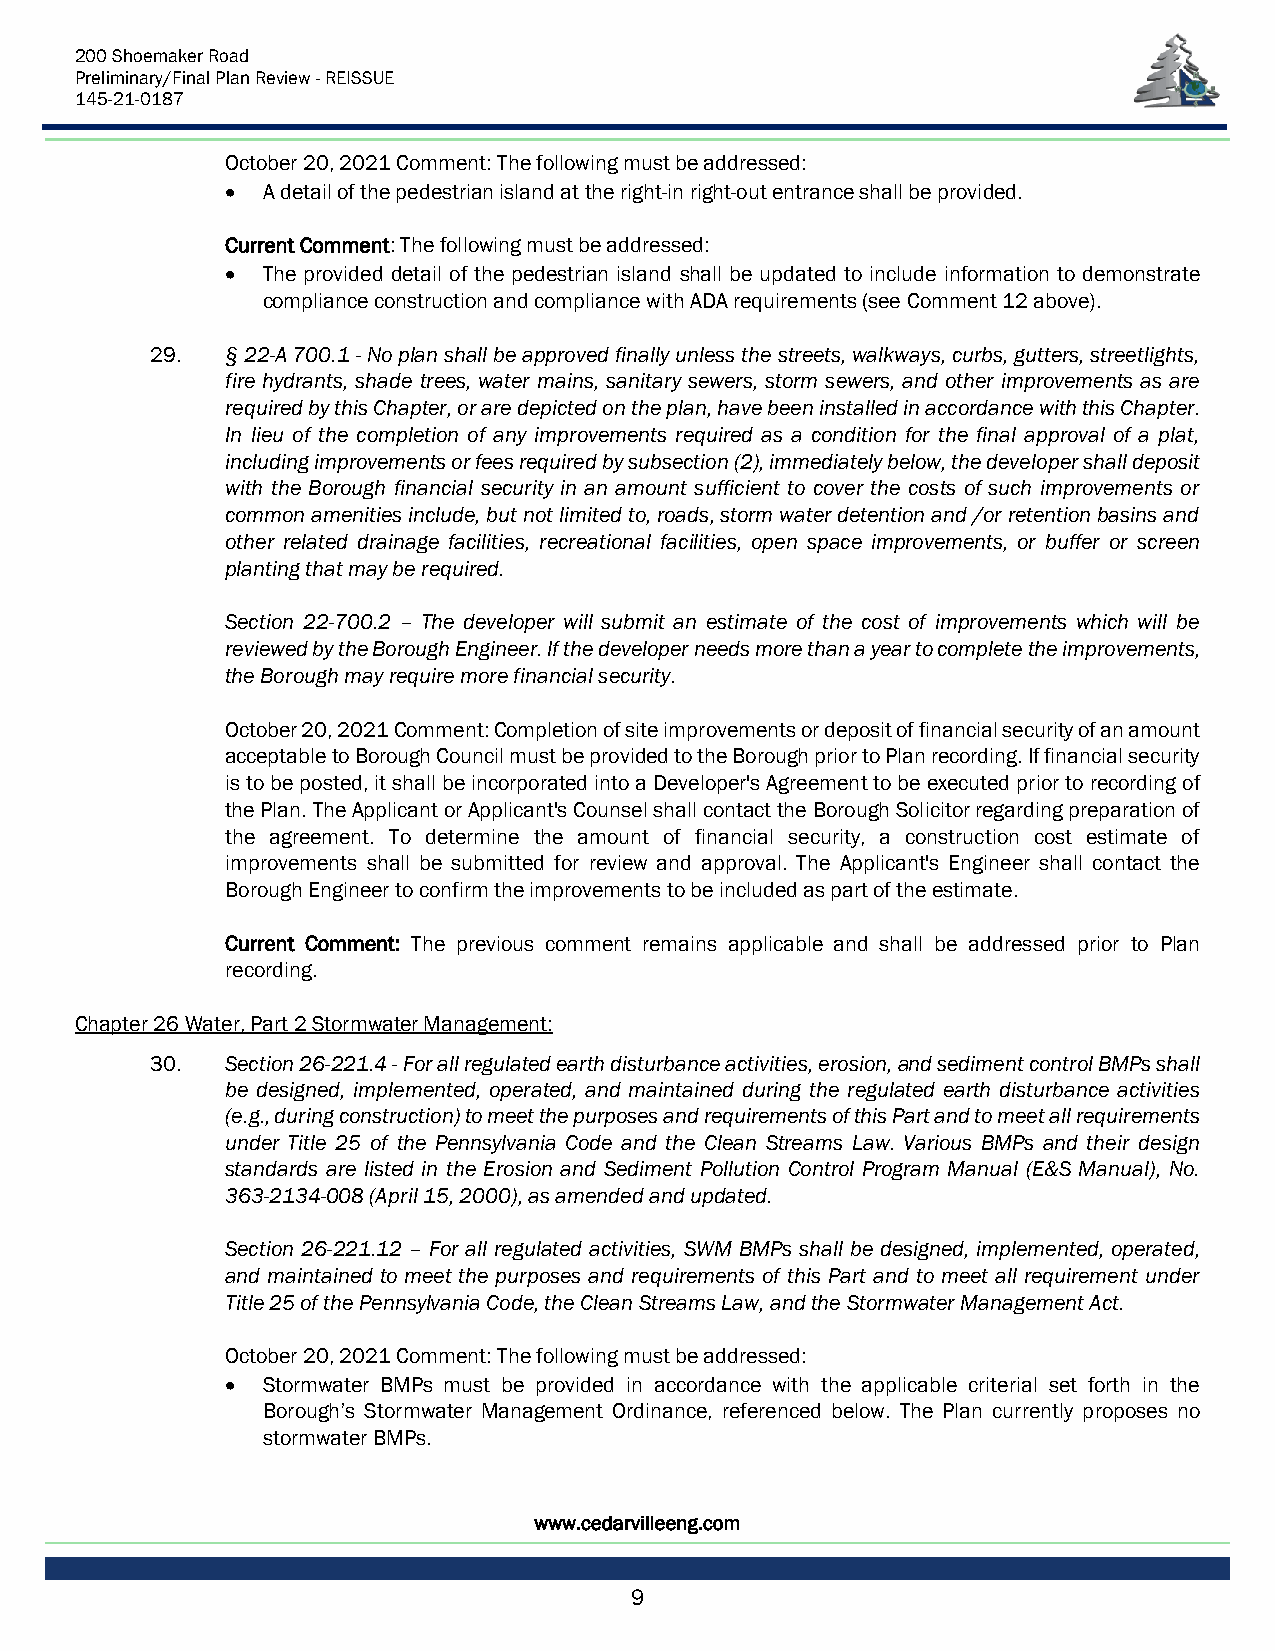
200 Shoemaker Road
 Preliminary/Final Plan Review - REISSUE
 145-21-0187
 October 20, 2021 Comment: The following must be addressed:
 • A detail of the pedestrian island at the right-in right-out entrance shall be provided.
 Current Comment: The following must be addressed:
 • The provided detail of the pedestrian island shall be updated to include information to demonstrate
 compliance construction and compliance with ADA requirements (see Comment 12 above).
 29.  § 22-A 700.1 - No plan shall be approved finally unless the streets, walkways, curbs, gutters, streetlights,
 fire hydrants, shade trees, water mains, sanitary sewers, storm sewers, and other improvements as are
 required by this Chapter, or are depicted on the plan, have been installed in accordance with this Chapter.
 In lieu of the completion of any improvements required as a condition for the final approval of a plat,
 including improvements or fees required by subsection (2), immediately below, the developer shall deposit
 with the Borough financial security in an amount sufficient to cover the costs of such improvements or
 common amenities include, but not limited to, roads, storm water detention and /or retention basins and
 other related drainage facilities, recreational facilities, open space improvements, or buffer or screen
 planting that may be required.
 Section 22-700.2 – The developer will submit an estimate of the cost of improvements which will be
 reviewed by the Borough Engineer. If the developer needs more than a year to complete the improvements,
 the Borough may require more financial security.
 October 20, 2021 Comment: Completion of site improvements or deposit of financial security of an amount
 acceptable to Borough Council must be provided to the Borough prior to Plan recording. If financial security
 is to be posted, it shall be incorporated into a Developer's Agreement to be executed prior to recording of
 the Plan. The Applicant or Applicant's Counsel shall contact the Borough Solicitor regarding preparation of
 the agreement. To determine the amount of financial security, a construction cost estimate of
 improvements shall be submitted for review and approval. The Applicant's Engineer shall contact the
 Borough Engineer to confirm the improvements to be included as part of the estimate.
 Current Comment: The previous comment remains applicable and shall be addressed prior to Plan
 recording.
 Chapter 26 Water, Part 2 Stormwater Management:
 30.  Section 26-221.4 - For all regulated earth disturbance activities, erosion, and sediment control BMPs shall
 be designed, implemented, operated, and maintained during the regulated earth disturbance activities
 (e.g., during construction) to meet the purposes and requirements of this Part and to meet all requirements
 under Title 25 of the Pennsylvania Code and the Clean Streams Law. Various BMPs and their design
 standards are listed in the Erosion and Sediment Pollution Control Program Manual (E&S Manual), No.
 363-2134-008 (April 15, 2000), as amended and updated.
 Section 26-221.12 – For all regulated activities, SWM BMPs shall be designed, implemented, operated,
 and maintained to meet the purposes and requirements of this Part and to meet all requirement under
 Title 25 of the Pennsylvania Code, the Clean Streams Law, and the Stormwater Management Act.
 October 20, 2021 Comment: The following must be addressed:
 • Stormwater BMPs must be provided in accordance with the applicable criterial set forth in the
 Borough’s Stormwater Management Ordinance, referenced below. The Plan currently proposes no
 stormwater BMPs.
 www.cedarvilleeng.com
 9